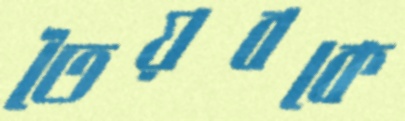
তৈয়বকে